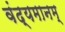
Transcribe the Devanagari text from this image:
वंद्यमानम्